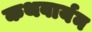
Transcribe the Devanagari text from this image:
कथवार्यन